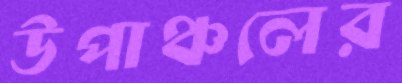
উপাঞ্চলের